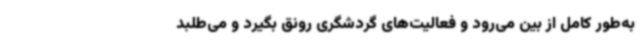
به‌طور کامل از بین می‌رود و فعالیت‌های گردشگری رونق بگیرد و می‌طلبد